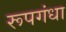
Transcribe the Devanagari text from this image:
रूपगंधा